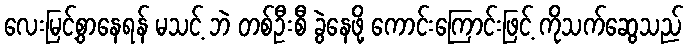
လေးမြင့်စွာနေရန် မသင့် ဘဲ တစ်ဦးစီ ခွဲနေဖို့ ကောင်းကြောင်းဖြင့် ကိုသက်ဆွေသည်